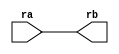
// This program was cloned from: https://github.com/intel/aib-phy-hardware
// License: Apache License 2.0

// SPDX-License-Identifier: Apache-2.0
// Copyright (C) 2019 Intel Corporation. All rights reserved
module aibcr3_aliasd(ra, rb);
 input ra;
 output rb;
  assign rb = ra;
endmodule